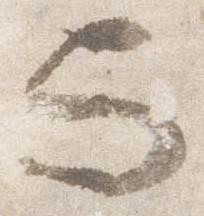
与